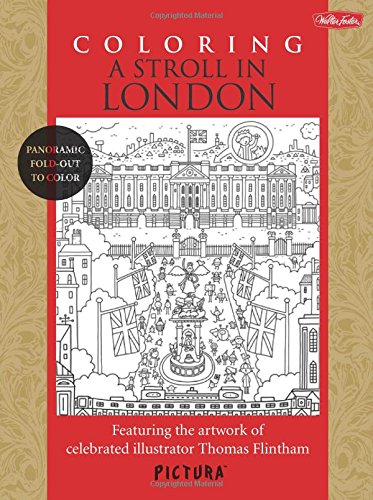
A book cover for Coloring A Stroll In London: Featuring the artwork of celebrated illustrator Thomas Flintham (PicturaTM); Thomas Flintham; Arts & Photography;